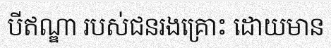
បីឥណ្ឌា របស់ជនរងគ្រោះ ដោយមាន